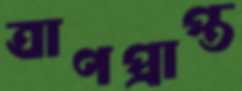
ত্রাণপ্রাপ্ত